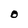
Character: O